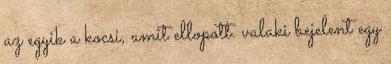
az egyik a kocsi, amit ellopott. valaki bejelent egy